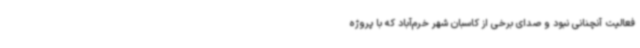
فعالیت آنچنانی نبود و صدای برخی از کاسبان شهر خرم‌آباد که با پروژه